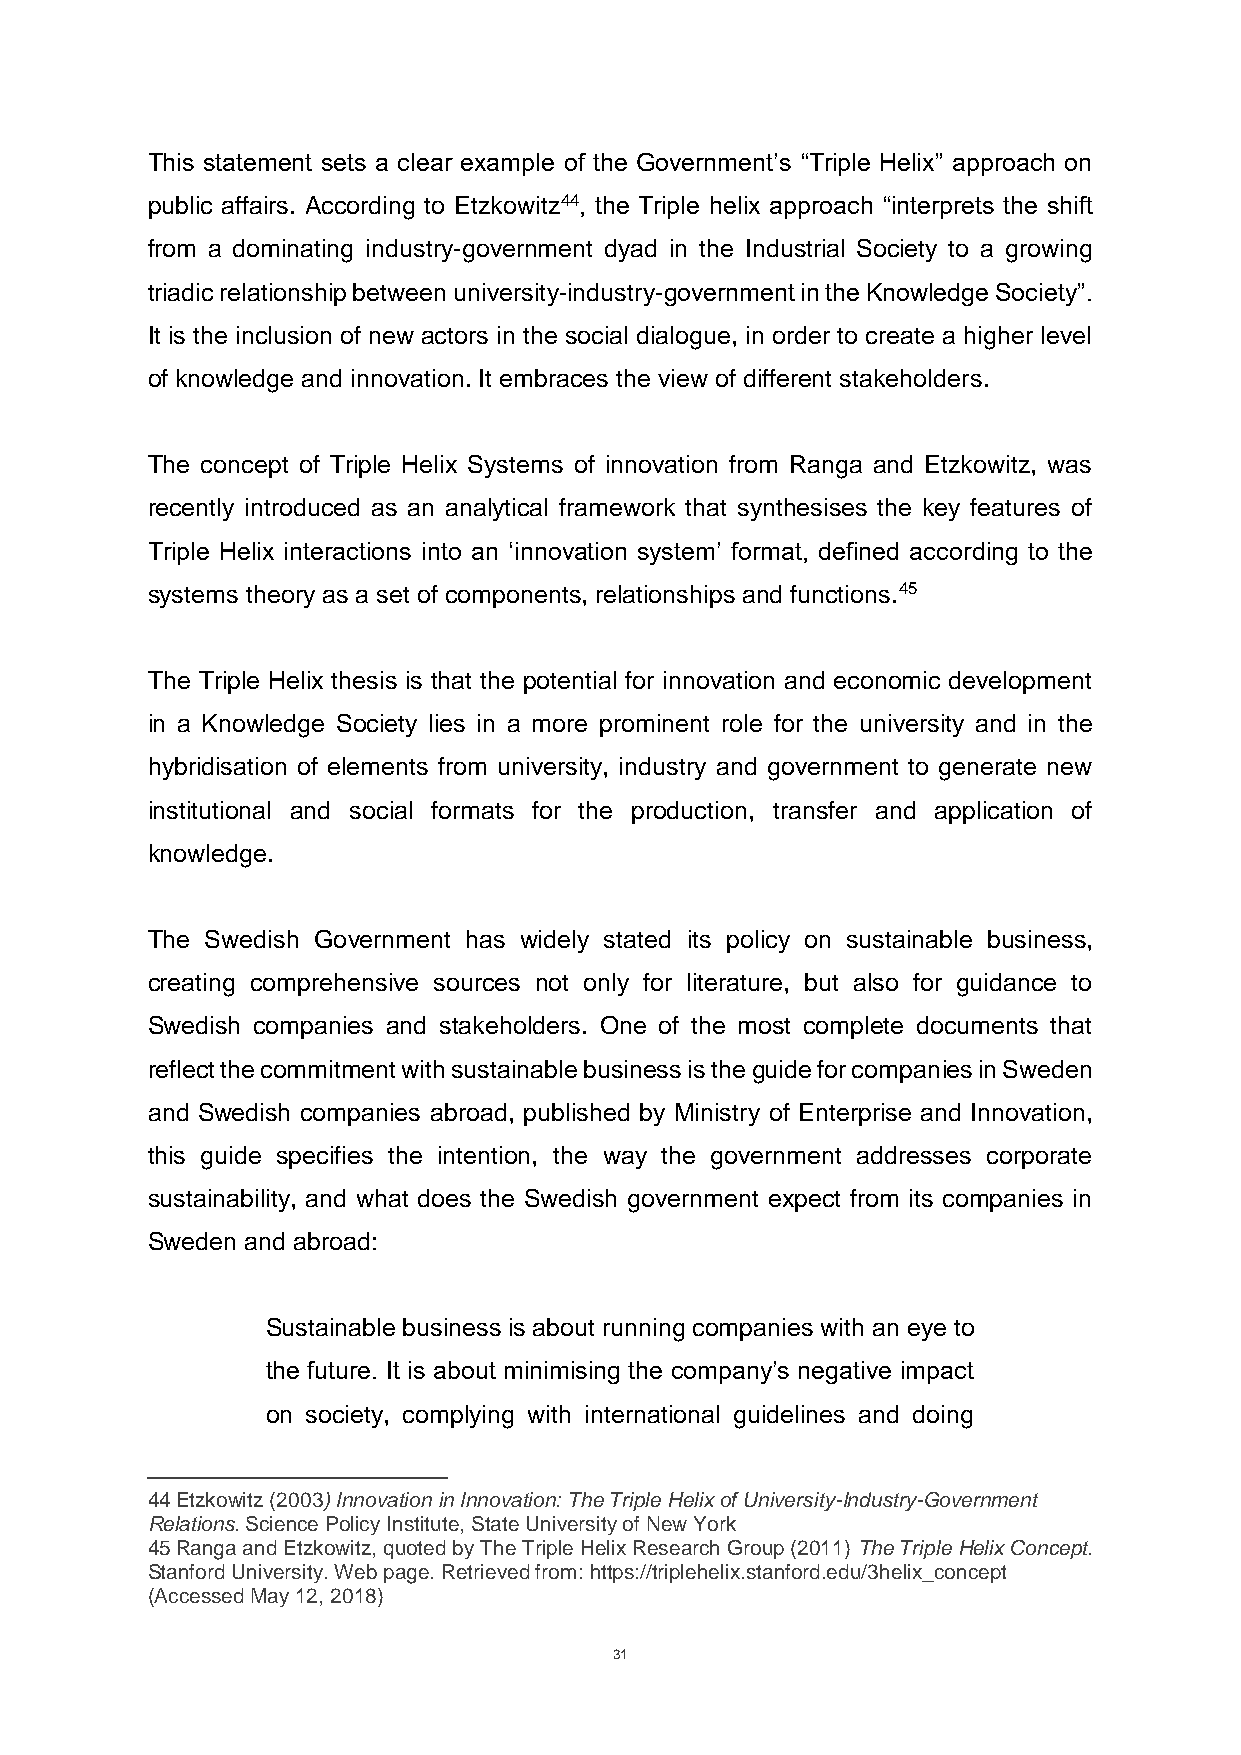
This statement sets a clear example of the Government’s “Triple Helix” approach on
 public affairs. According to Etzkowitz44, the Triple helix approach “interprets the shift
 from a dominating industry-government dyad in the Industrial Society to a growing
 triadic relationship between university-industry-government in the Knowledge Society”.
 It is the inclusion of new actors in the social dialogue, in order to create a higher level
 of knowledge and innovation. It embraces the view of different stakeholders.
 The concept of Triple Helix Systems of innovation from Ranga and Etzkowitz, was
 recently introduced as an analytical framework that synthesises the key features of
 Triple Helix interactions into an ‘innovation system’ format, defined according to the
 systems theory as a set of components, relationships and functions.45
 The Triple Helix thesis is that the potential for innovation and economic development
 in a Knowledge Society lies in a more prominent role for the university and in the
 hybridisation of elements from university, industry and government to generate new
 institutional and social formats for the production, transfer and application of
 knowledge.
 The Swedish Government has widely stated its policy on sustainable business,
 creating comprehensive sources not only for literature, but also for guidance to
 Swedish companies and stakeholders. One of the most complete documents that
 reflect the commitment with sustainable business is the guide for companies in Sweden
 and Swedish companies abroad, published by Ministry of Enterprise and Innovation,
 this guide specifies the intention, the way the government addresses corporate
 sustainability, and what does the Swedish government expect from its companies in
 Sweden and abroad:
 Sustainable business is about running companies with an eye to
 the future. It is about minimising the company’s negative impact
 on society, complying with international guidelines and doing
 44 Etzkowitz (2003) Innovation in Innovation: The Triple Helix of University-Industry-Government
 Relations. Science Policy Institute, State University of New York
 45 Ranga and Etzkowitz, quoted by The Triple Helix Research Group (2011) The Triple Helix Concept.
 Stanford University. Web page. Retrieved from: https://triplehelix.stanford.edu/3helix_concept
 (Accessed May 12, 2018)
 31